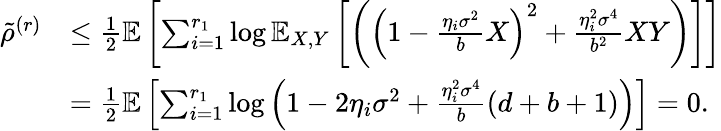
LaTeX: \begin{array}{rl}{\tilde{\rho}^{(r)}}&{\leq\frac{1}{2}\mathbb{E}\left[\sum_{i=1}^{r_{1}}\log\mathbb{E}_{X,Y}\left[\left(\left(1-\frac{\eta_{i}\sigma^{2}}{b}X\right)^{2}+\frac{\eta_{i}^{2}\sigma^{4}}{b^{2}}XY\right)\right]\right]}\\ &{=\frac{1}{2}\mathbb{E}\left[\sum_{i=1}^{r_{1}}\log\left(1-2\eta_{i}\sigma^{2}+\frac{\eta_{i}^{2}\sigma^{4}}{b}(d+b+1)\right)\right]=0.}\end{array}